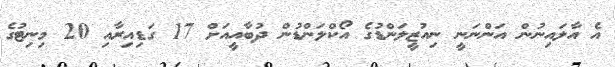
އެ އާލައިނުން އަންނަނީ ނިއުޒީލަންޑުގެ އޯކްލަންޑުން ދުބާއީއަށް 17 ގަޑިއިރާއި 20 މިނިޓުގެ